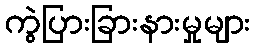
ကွဲပြားခြားနားမှုများ